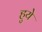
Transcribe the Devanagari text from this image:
हुयेे